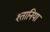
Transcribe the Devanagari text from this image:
श्तानिया